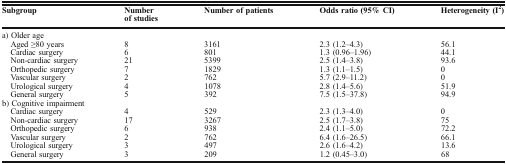
| Subgroup | Number of studies | Number of patients | Odds ratio (95% CI) | Heterogeneity (I2) |
 | --- | --- | --- | --- | --- |
 | <COLSPAN=5> a) Older age |
 | Aged ≥80 years | 8 | 3161 | 2.3 (1.2–4.3) | 56.1 |
 | Cardiac surgery | 6 | 801 | 1.3 (0.96–1.96) | 44.1 |
 | Non-cardiac surgery | 21 | 5399 | 2.5 (1.4–3.8) | 93.6 |
 | Orthopedic surgery | 7 | 1829 | 1.3 (1.1–1.5) | 0 |
 | Vascular surgery | 2 | 762 | 5.7 (2.9–11.2) | 0 |
 | Urological surgery | 4 | 1078 | 2.8 (1.4–5.6) | 51.9 |
 | General surgery | 5 | 392 | 7.5 (1.5–37.8) | 94.9 |
 | <COLSPAN=5> b) Cognitive impairment |
 | Cardiac surgery | 4 | 529 | 2.3 (1.3–4.0) | 0 |
 | Non-cardiac surgery | 17 | 3267 | 2.5 (1.7–3.8) | 75 |
 | Orthopedic surgery | 6 | 938 | 2.4 (1.1–5.0) | 72.2 |
 | Vascular surgery | 2 | 762 | 6.4 (1.6–26.5) | 66.1 |
 | Urological surgery | 3 | 497 | 2.6 (1.6–4.2) | 13.6 |
 | General surgery | 3 | 209 | 1.2 (0.45–3.0) | 68 |